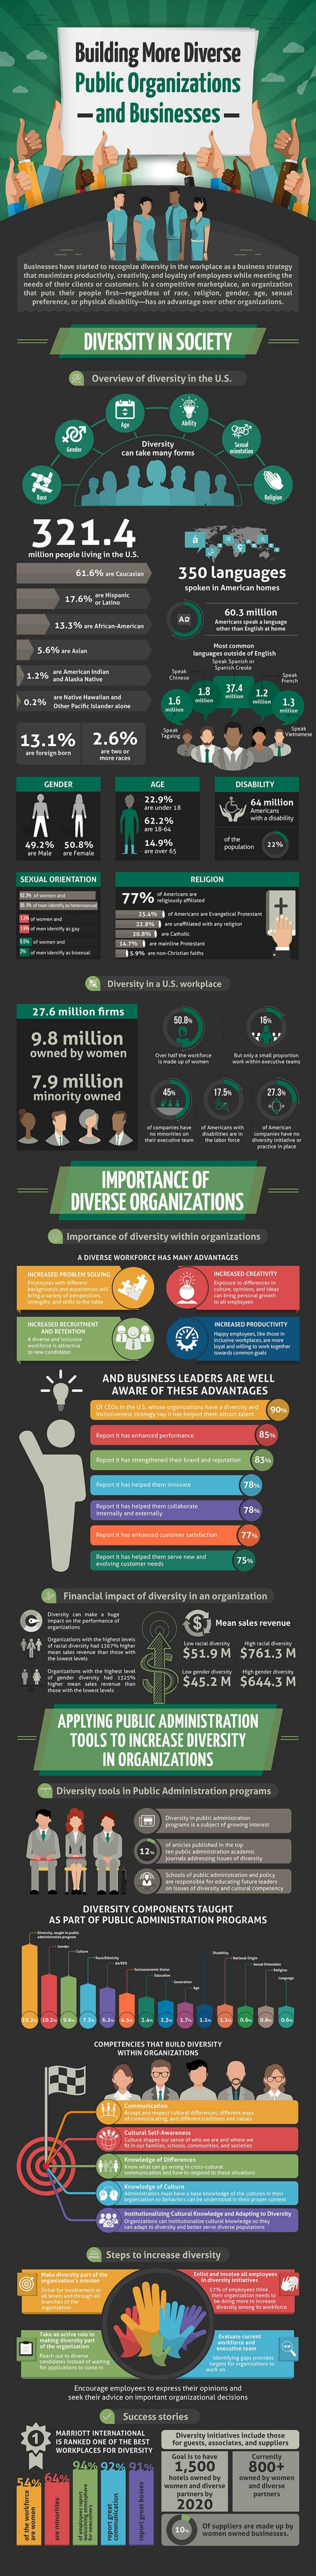
Building    More    Diverse
     Public    Organizations
     -and    Businesses    -
     propie kind
     DIVERSITY    IN  SOCIETY
     Overview of diversity in the U.S.
     can take many forms
     321.4
     350   languages
     c0.3 million
     13.379 - AVer-Mesi
     1.5
     -
    13.1%    2.6%
     12.7%    64 milian
     62.2%
     50.8%    1477
     77%
     +
     Diversity in a U.S. vikplace
     27.6 million firms
     9.8  million
     owned   by women
     7.9   million
     minority owned
     IMPORTANCE    OF
     DIVERSE    ORGANIZATIONS
     Importance of dleersicy within organiracions
     A DIVERSE WORKFORCE HAS MANY NOVINTUCES
     INOMAMO HOOSCTVITY
     ---
     AND BUSINESS  LEADERS   ARE WELL
     AWARE   OF THESE  ADVANTAGES
     Financial impact of diversity in anorganization
     C
     -----    $51.9   M   $761.3  M
     $45.2   M  $644.3   M
     APPLYING   PUBLIC  ADMINISTRATION
     TOOLS   TO INCREASE    DIVERSITY
     IN ORGANIZATIONS
     Diversicy tools in Pablic Admiratration programs
     12-
     DIVERSITY COMPONENTS  TAUGHT
     AS FAIT OF PUBLIC ADMINISTRATION PROGRAMS
     Steps to increase diversity
     Saccwas stories
     1,500
     --    2020
     -
     10   af moglien aw made up by